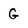
Character: G